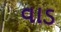
વાડ